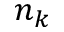
n _ { k }